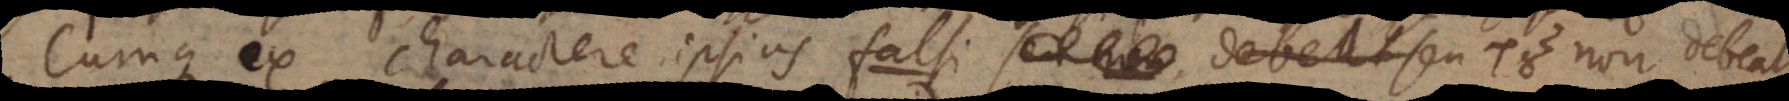
Cumque ex charactere ipsius falsi seu non debet